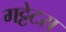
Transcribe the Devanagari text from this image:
गट्टेटस